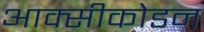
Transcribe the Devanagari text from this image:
आक्सीकोडन